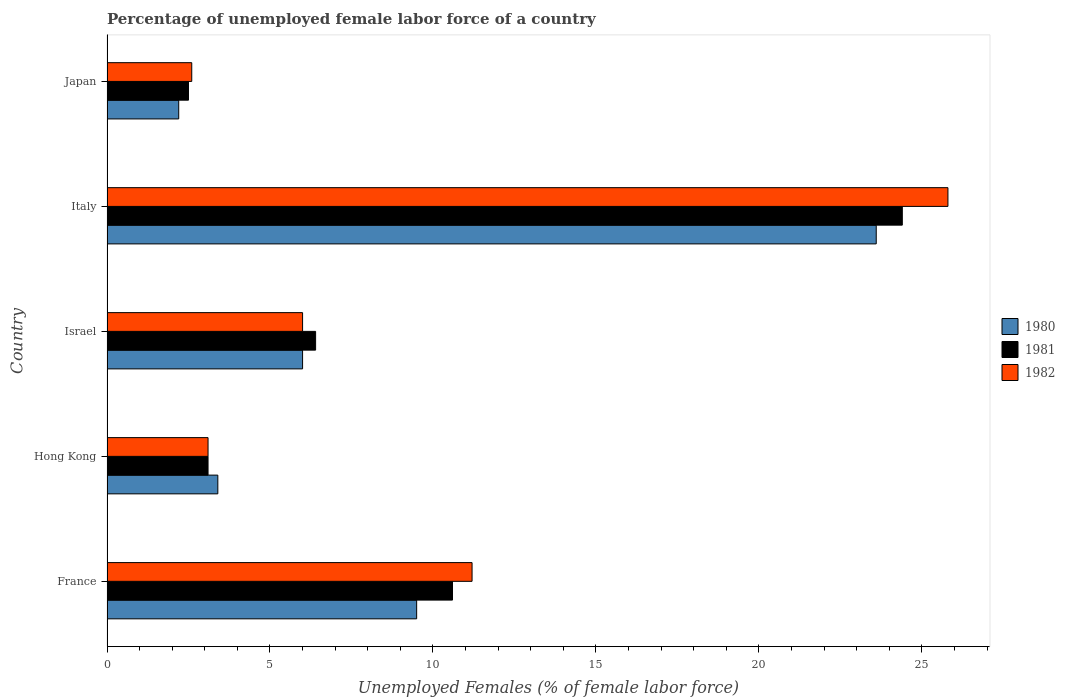
| Country | 1980 | 1981 | 1982 |
 | --- | --- | --- | --- |
 | France | 9.5 | 10.6 | 11.2 |
 | Hong Kong | 3.4 | 3.1 | 3.1 |
 | Israel | 6 | 6.4 | 6 |
 | Italy | 23.6 | 24.4 | 25.8 |
 | Japan | 2.2 | 2.5 | 2.6 |